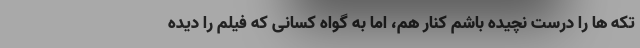
تکه ها را درست نچیده باشم کنار هم، اما به گواه کسانی که فیلم را دیده